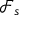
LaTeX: { \mathcal { F } } _ { s }